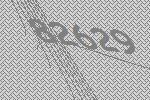
82629